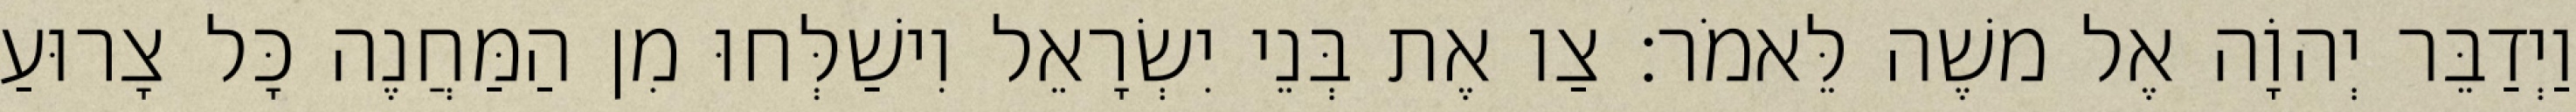
וַיְדַבֵּר יְהוָֹה אֶל משֶׁה לֵּאמֹר׃ צַו אֶת בְּנֵי יִשְׂרָאֵל וִישַׁלְּחוּ מִן הַמַּחֲנֶה כָּל צָרוּעַ